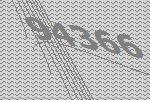
94366